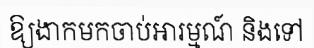
ឱ្យងាកមកចាប់អារម្មណ៍ និងទៅ